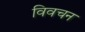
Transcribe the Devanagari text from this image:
विवचन